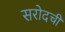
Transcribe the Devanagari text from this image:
सरोदची